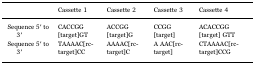
|  | Cassette 1 | Cassette 2 | Cassette 3 | Cassette 4 |
 | --- | --- | --- | --- | --- |
 | Sequence 5′ to 3′ | CACCGG[target]GT | ACCGG[target]G | CCGG[target] | ACACCGG[target] GTT |
 | Sequence 5′ to 3′ | TAAAAC[rc-target]CC | AAAAC[rc-target]C | A AAC[rc-target] | CTAAAAC[rc-target]CCG |